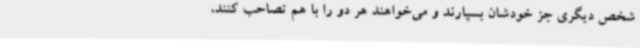
شخص دیگری جز خودشان بسپارند و می‌خواهند هر دو را با هم تصاحب کنند،